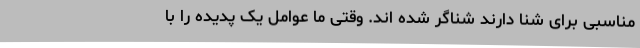
مناسبی برای شنا دارند شناگر شده‌ اند. وقتی ما عوامل یک پدیده را با